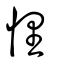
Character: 悝